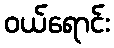
ဝယ်ရောင်း